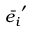
\Bar { e _ { i } } ^ { \prime }